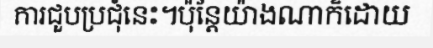
ការជួបប្រជុំនេះ។ប៉ុន្តែយ៉ាងណាក៏ដោយ